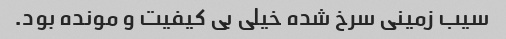
سیب زمینی سرخ شده خیلی بی کیفیت و مونده بود.